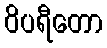
ဝိပရီတော